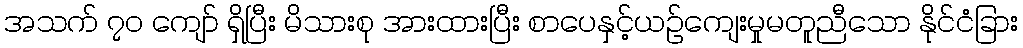
အသက် ၇၀ ကျော် ရှိပြီး မိသားစု အားထားပြီး စာပေနှင့်ယဉ်ကျေးမှုမတူညီသော နိုင်ငံခြား